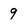
Character: 9